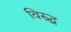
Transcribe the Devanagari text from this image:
विस्र्द्ध